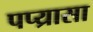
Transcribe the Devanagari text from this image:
पप्य्रासा